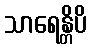
သာရေန္တိပိ